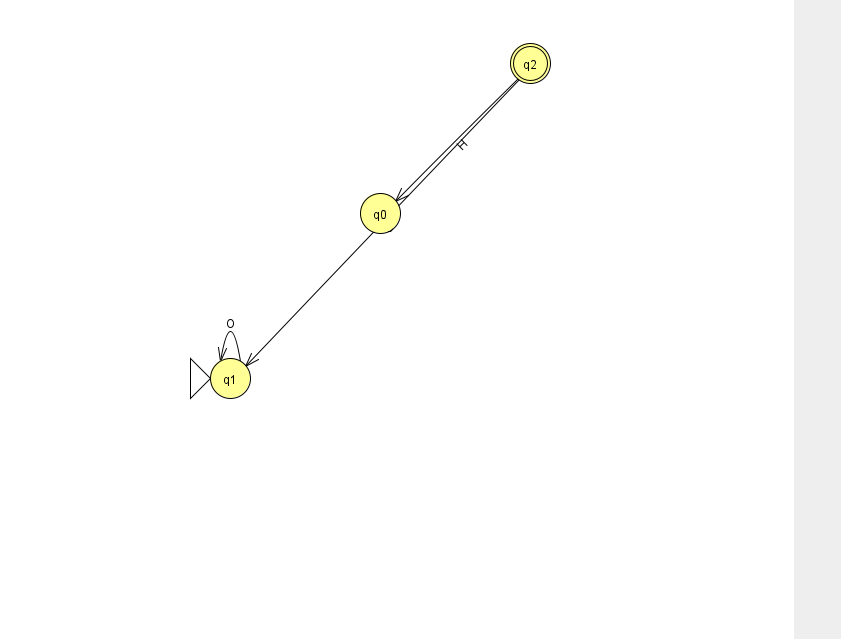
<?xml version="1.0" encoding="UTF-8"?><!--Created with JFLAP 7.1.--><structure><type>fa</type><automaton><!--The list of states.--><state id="0" name="q0"><x>380.0</x><y>200.0</y></state><state id="1" name="q1"><x>230.0</x><y>365.0</y><initial/></state><state id="2" name="q2"><x>530.0</x><y>50.0</y><final/></state><!--The list of transitions.--><transition><from>2</from><to>0</to><read>H</read></transition><transition><from>2</from><to>1</to><read>S</read></transition><transition><from>1</from><to>1</to><read>O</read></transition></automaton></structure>